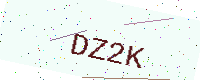
Text: DZ2K